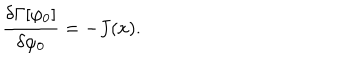
\frac { \delta \Gamma [ \varphi _ { 0 } ] } { \delta \varphi _ { 0 } } = - J ( x ) .